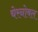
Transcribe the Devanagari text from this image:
चेरनोबल